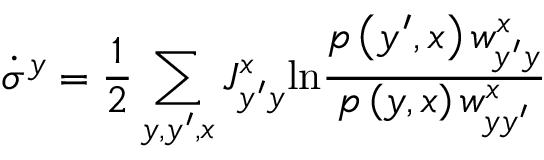
\dot { \sigma } ^ { y } = \frac { 1 } { 2 } \sum _ { y , y ^ { \prime } , x } J _ { y ^ { \prime } y } ^ { x } \mathrm { l n } \frac { p \left( y ^ { \prime } , x \right) w _ { y ^ { \prime } y } ^ { x } } { p \left( y , x \right) w _ { y y ^ { \prime } } ^ { x } }